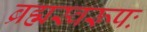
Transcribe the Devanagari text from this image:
ब्रह्मस्वरूपः